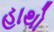
હાથો